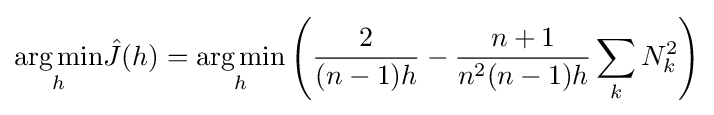
{\underset {h}{\operatorname {arg\,min} }}{\hat {J}}(h)={\underset {h}{\operatorname {arg\,min} }}\left({\frac {2}{(n-1)h}}-{\frac {n+1}{n^{2}(n-1)h}}\sum _{k}N_{k}^{2}\right)